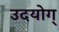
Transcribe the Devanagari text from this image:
उदयोग्